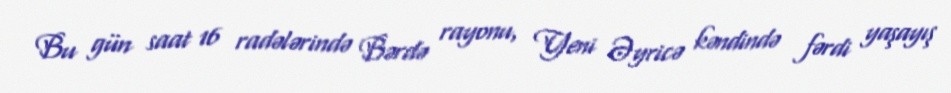
Bu gün saat 16 radələrində Bərdə rayonu, Yeni Əyricə kəndində fərdi yaşayış